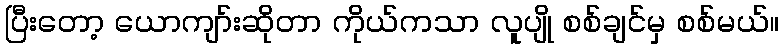
ပြီးတော့ ယောကျာ်းဆိုတာ ကိုယ်ကသာ လူပျို စစ်ချင်မှ စစ်မယ်။